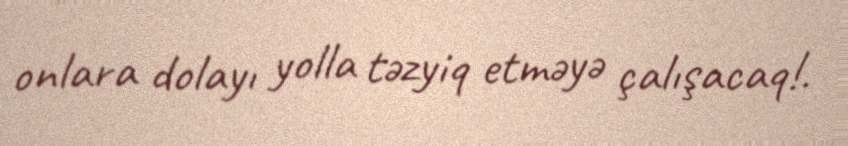
onlara dolayı yolla təzyiq etməyə çalışacaq!.